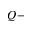
Q -